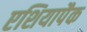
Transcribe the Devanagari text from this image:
एशियापैक